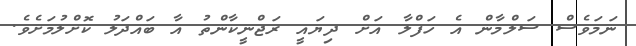
ނަމަވެސް ސަލްމާން އެ ހަފްލާ އަށް ދިޔައީ ރަޖްނީކާންތު އާ ބައްދަލު ކޮށްލުމަށެވެ.